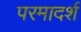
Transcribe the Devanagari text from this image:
परमादर्श